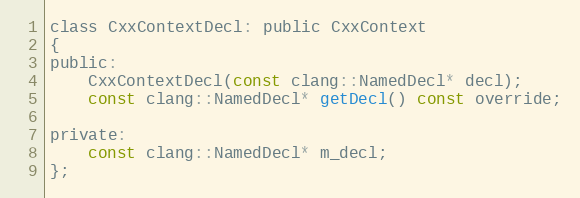
Language: C
class CxxContextDecl: public CxxContext
{
public:
	CxxContextDecl(const clang::NamedDecl* decl);
	const clang::NamedDecl* getDecl() const override;

private:
	const clang::NamedDecl* m_decl;
};